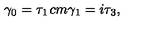
\gamma _ { 0 } = \tau _ { 1 } \hspace * { 1 c m } \gamma _ { 1 } = i \tau _ { 3 } ,